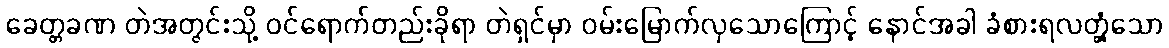
ခေတ္တခဏ တဲအတွင်းသို့ ဝင်ရောက်တည်းခိုရာ တဲရှင်မှာ ဝမ်းမြောက်လှသောကြောင့် နောင်အခါ ခံစားရလတ္တံ့သော